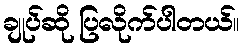
ချုပ်ဆို ပြလိုက်ပါတယ်။